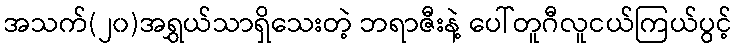
အသက်(၂၀)အရွှယ်သာရှိသေးတဲ့ ဘရာဇီးနဲ့ ပေါ်တူဂီလူငယ်ကြယ်ပွင့်